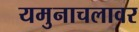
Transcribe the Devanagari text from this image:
यमुनाचलावर